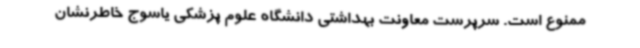
ممنوع است. سرپرست معاونت بهداشتی دانشگاه علوم پزشکی یاسوج خاطرنشان